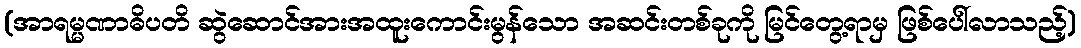
(အာရမ္မဏာဓိပတိ ဆွဲဆောင်အားအထူးကောင်းမွန်သော အဆင်းတစ်ခုကို မြင်တွေ့ရာမှ ဖြစ်ပေါ်လာသည့်)